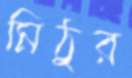
মিঠুর